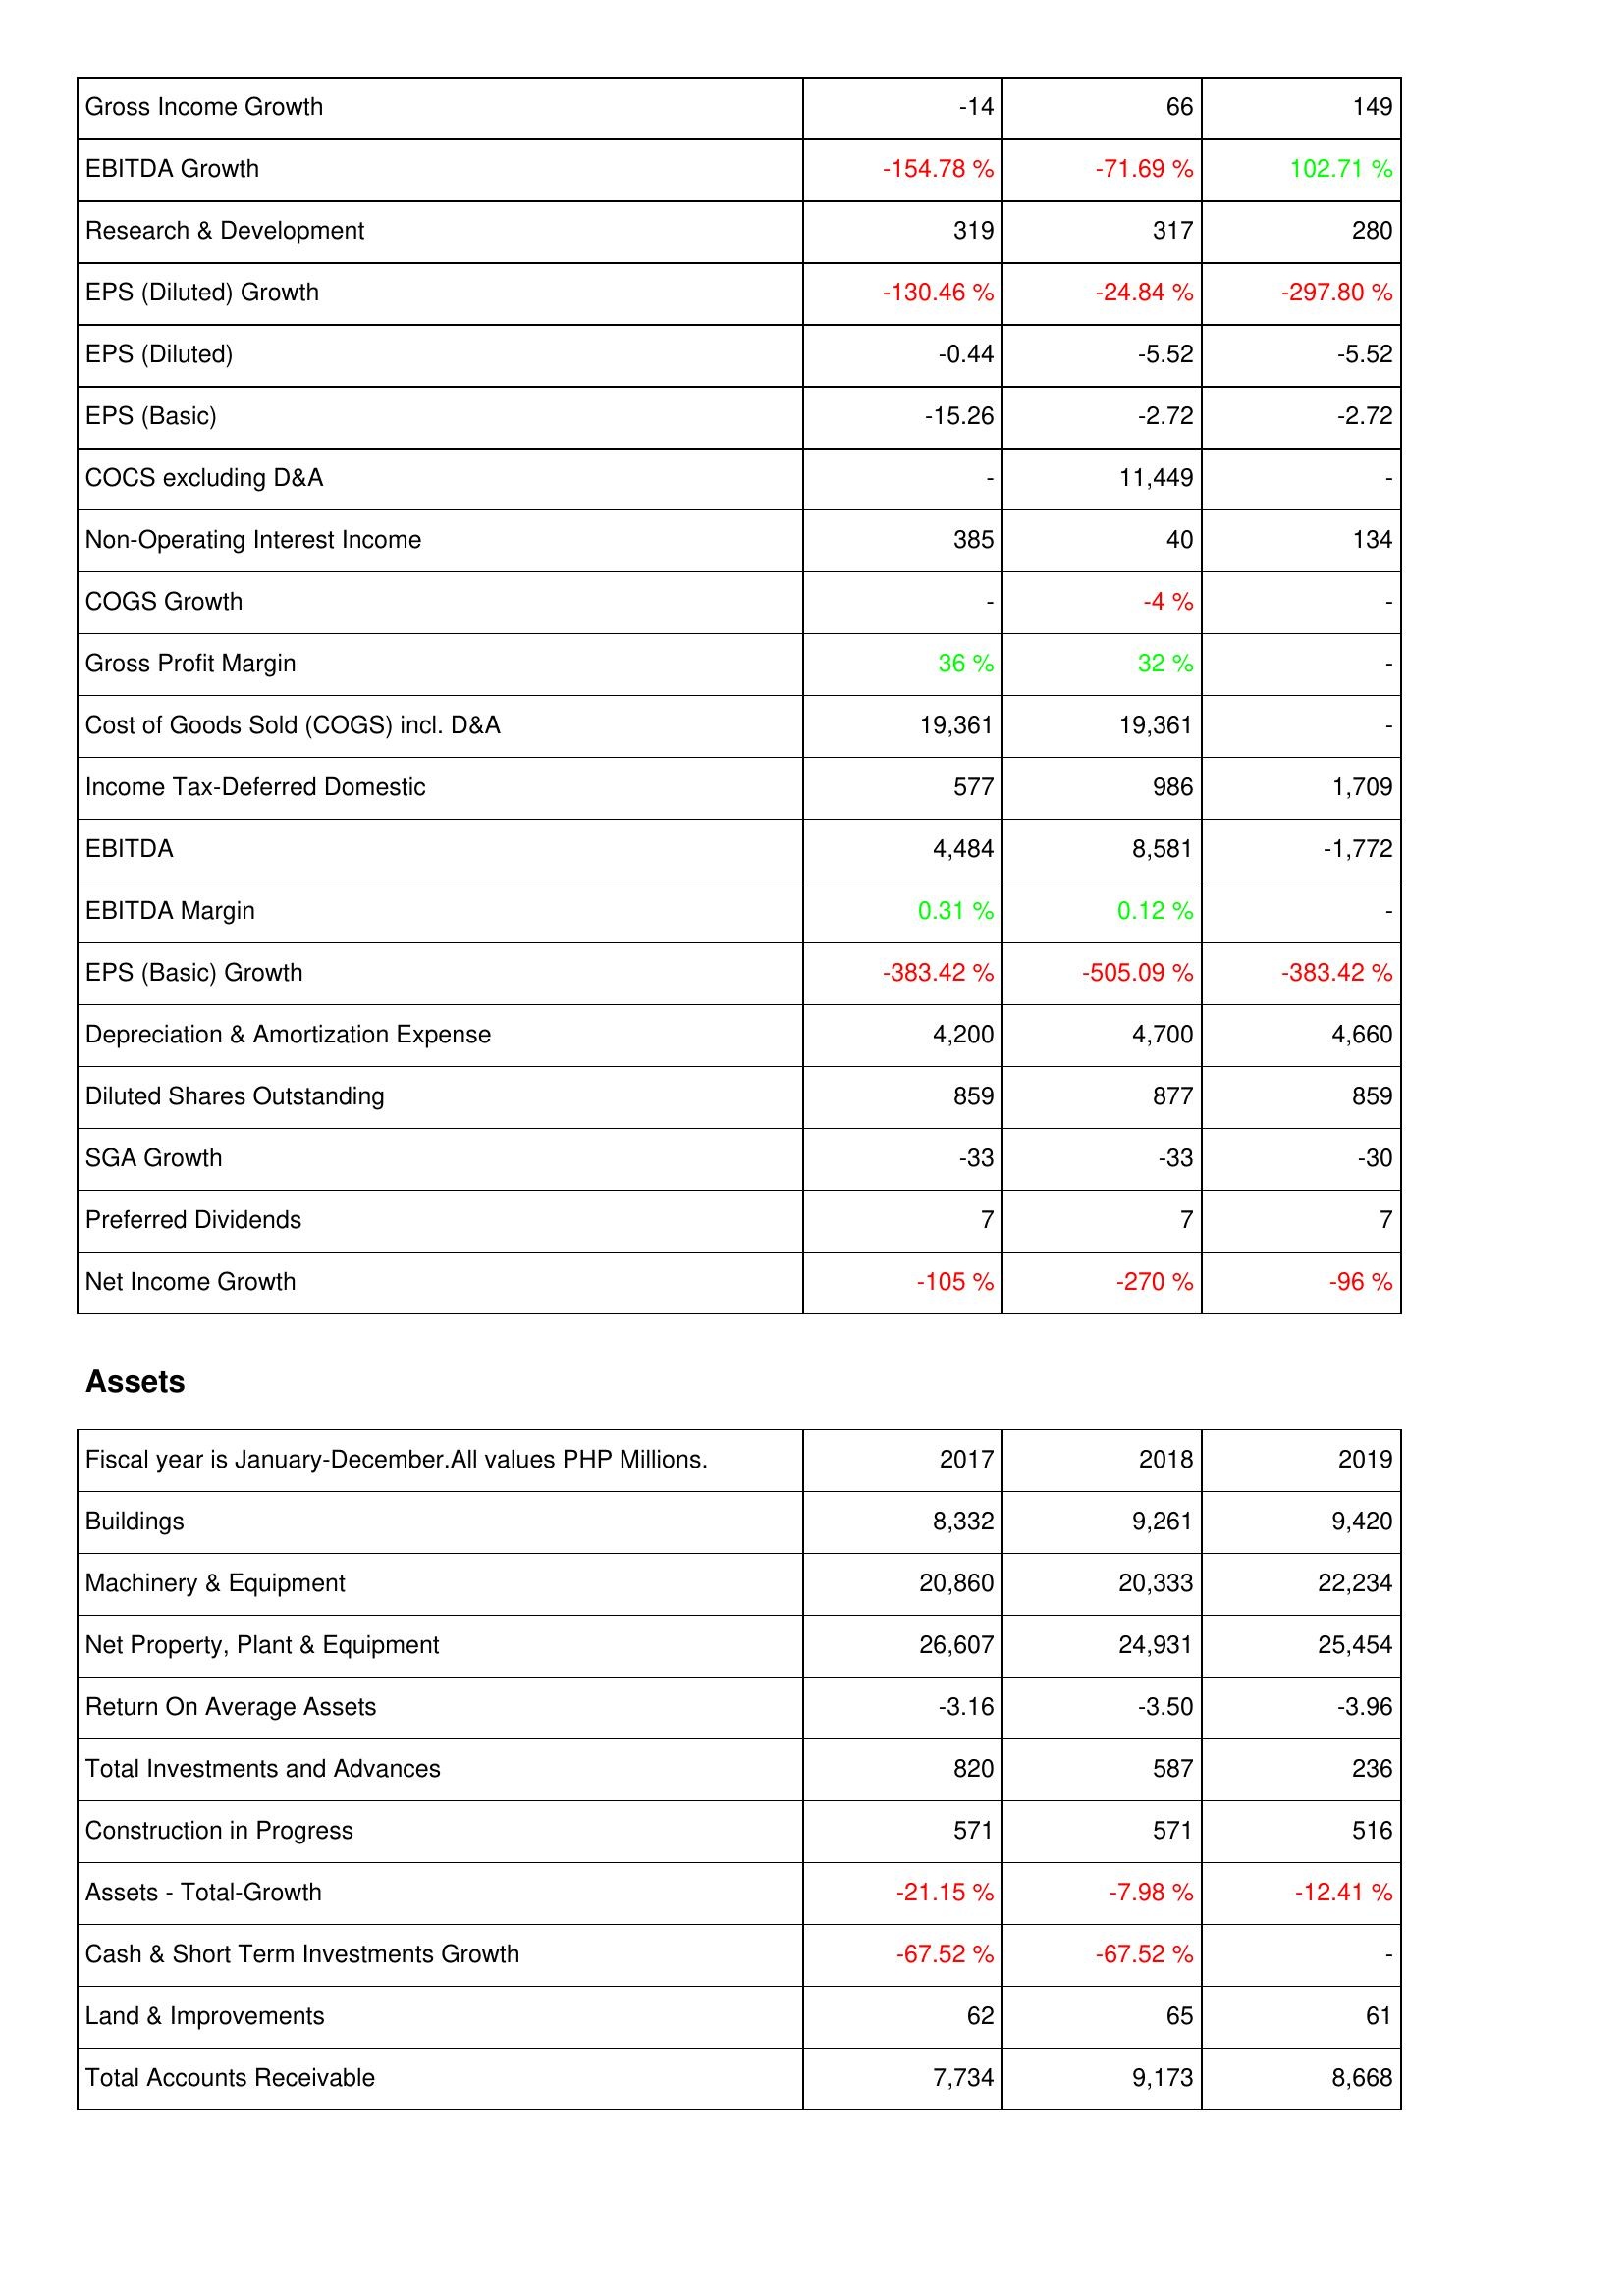
2017: Income Statement: Gross Income Growth: -14
EBITDA Growth: -154.78 %
Research & Development: 319
EPS (Diluted) Growth: -130.46 %
EPS (Diluted): -0.44
EPS (Basic): -15.26
COCS excluding D&A: -
Non-Operating Interest Income: 385
COGS Growth: -
Gross Profit Margin: 36 %
Cost of Goods Sold (COGS) incl. D&A: 19,361
Income Tax-Deferred Domestic: 577
EBITDA: 4,484
EBITDA Margin: 0.31 %
EPS (Basic) Growth: -383.42 %
Depreciation & Amortization Expense: 4,200
Diluted Shares Outstanding: 859
SGA Growth: -33
Preferred Dividends: 7
Net Income Growth: -105 %
Assets: Buildings: 8,332
Machinery & Equipment: 20,860
Net Property, Plant & Equipment: 26,607
Return On Average Assets: -3.16
Total Investments and Advances: 820
Construction in Progress: 571
Assets - Total-Growth: -21.15 %
Cash & Short Term Investments Growth: -67.52 %
Land & Improvements: 62
Total Accounts Receivable: 7,734
2018: Income Statement: Gross Income Growth: 66
EBITDA Growth: -71.69 %
Research & Development: 317
EPS (Diluted) Growth: -24.84 %
EPS (Diluted): -5.52
EPS (Basic): -2.72
COCS excluding D&A: 11,449
Non-Operating Interest Income: 40
COGS Growth: -4 %
Gross Profit Margin: 32 %
Cost of Goods Sold (COGS) incl. D&A: 19,361
Income Tax-Deferred Domestic: 986
EBITDA: 8,581
EBITDA Margin: 0.12 %
EPS (Basic) Growth: -505.09 %
Depreciation & Amortization Expense: 4,700
Diluted Shares Outstanding: 877
SGA Growth: -33
Preferred Dividends: 7
Net Income Growth: -270 %
Assets: Buildings: 9,261
Machinery & Equipment: 20,333
Net Property, Plant & Equipment: 24,931
Return On Average Assets: -3.50
Total Investments and Advances: 587
Construction in Progress: 571
Assets - Total-Growth: -7.98 %
Cash & Short Term Investments Growth: -67.52 %
Land & Improvements: 65
Total Accounts Receivable: 9,173
2019: Income Statement: Gross Income Growth: 149
EBITDA Growth: 102.71 %
Research & Development: 280
EPS (Diluted) Growth: -297.80 %
EPS (Diluted): -5.52
EPS (Basic): -2.72
COCS excluding D&A: -
Non-Operating Interest Income: 134
COGS Growth: -
Gross Profit Margin: -
Cost of Goods Sold (COGS) incl. D&A: -
Income Tax-Deferred Domestic: 1,709
EBITDA: -1,772
EBITDA Margin: -
EPS (Basic) Growth: -383.42 %
Depreciation & Amortization Expense: 4,660
Diluted Shares Outstanding: 859
SGA Growth: -30
Preferred Dividends: 7
Net Income Growth: -96 %
Assets: Buildings: 9,420
Machinery & Equipment: 22,234
Net Property, Plant & Equipment: 25,454
Return On Average Assets: -3.96
Total Investments and Advances: 236
Construction in Progress: 516
Assets - Total-Growth: -12.41 %
Cash & Short Term Investments Growth: -
Land & Improvements: 61
Total Accounts Receivable: 8,668